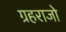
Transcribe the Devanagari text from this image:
ग्रहराजो